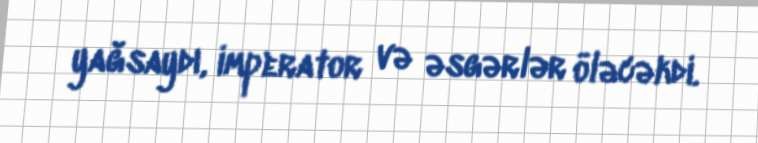
yağsaydı, imperator və əsgərlər öləcəkdi.